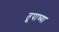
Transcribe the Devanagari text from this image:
तूपाच्या